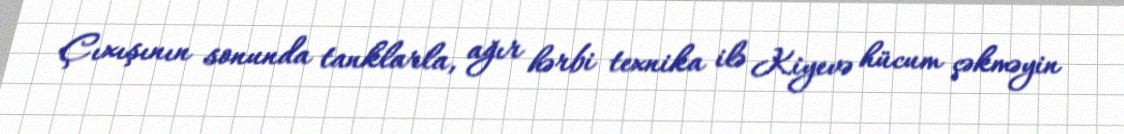
Çıxışının sonunda tanklarla, ağır hərbi texnika ilə Kiyevə hücum çəkməyin